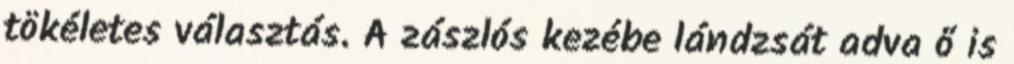
tökéletes választás. A zászlós kezébe lándzsát adva ő is